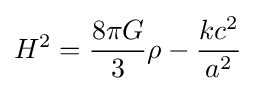
H^{2}={\frac {8\pi G}{3}}\rho -{\frac {kc^{2}}{a^{2}}}